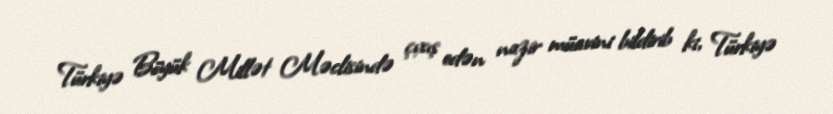
Türkiyə Böyük Millət Məclisində çıxış edən nazir müavini bildirib ki, Türkiyə